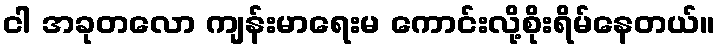
ငါ အခုတလော ကျန်းမာရေးမ ကောင်းလို့စိုးရိမ်နေတယ်။